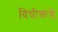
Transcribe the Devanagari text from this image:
विधीकडे